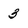
Character: 3